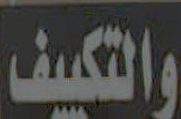
والتكيف